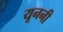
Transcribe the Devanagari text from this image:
यूननी